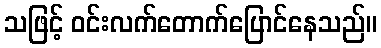
သဖြင့် ဝင်းလက်တောက်ပြောင်နေသည်။